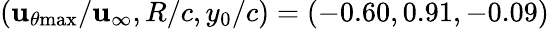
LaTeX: (\mathbf{u}_{\theta\mathrm{{{max}}}}/\mathbf{u}_{\infty},R/c,y_{0}/c)=(-0.60,0.91,-0.09)